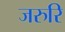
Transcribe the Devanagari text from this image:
जरुरि